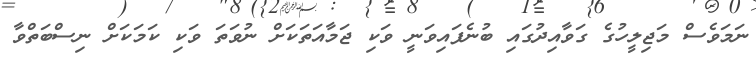
ނަމަވެސް މަޖިލީހުގެ ގަވާއިދުގައި ބުނެފައިވަނީ ވަކި ޖަމާއަތަކަށް ނުވަތަ ވަކި ކަމަކަށް ނިސްބަތްވާ